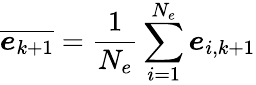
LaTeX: \overline{{\boldsymbol{e}_{k+1}}}=\frac{1}{N_{e}}\sum_{i=1}^{N_{e}}\boldsymbol{e}_{i,k+1}